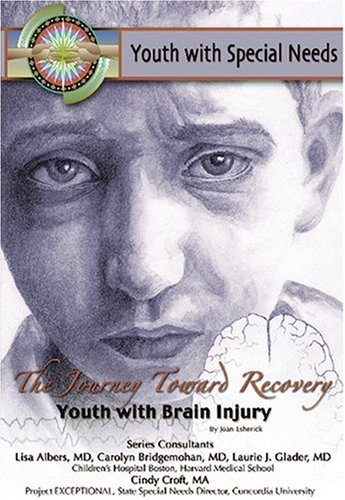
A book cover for The Journey Toward Recovery: Youth With Brain Injury (Youth With Special Needs); Joan Esherick; Teen & Young Adult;